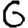
Digit: 6